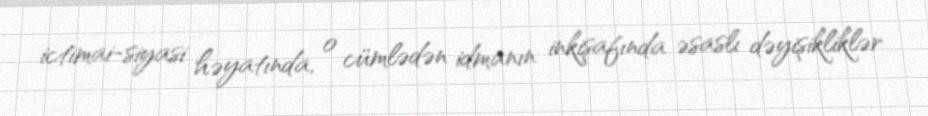
ictimai-siyasi həyatında, o cümlədən idmanın inkişafında əsaslı dəyişikliklər